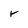
Character: r